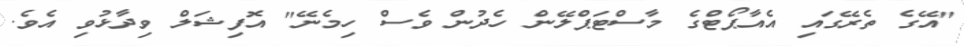
"އޭގެ ތެރޭގަައި އެއާޕޯޓްގެ މާސްޓަޕްލޭން ހެދުން ވެސް ހިމެނޭ" އޮފިޝަލް ވިދާޅުވި އެވެ.